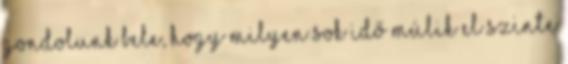
gondolunk bele, hogy milyen sok idő múlik el szinte